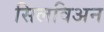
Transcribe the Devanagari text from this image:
सिलविअन